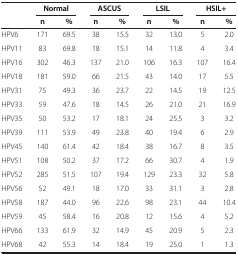
<table><thead><tr><td>[EMPTY_CELL]</td><td colspan="2"><b>Normal</b></td><td colspan="2"><b>ASCUS</b></td><td colspan="2"><b>LSIL</b></td><td colspan="2"><b>HSIL+</b></td></tr><tr><td>[EMPTY_CELL]</td><td><b>n</b></td><td><b>%</b></td><td><b>n</b></td><td><b>%</b></td><td><b>n</b></td><td><b>%</b></td><td><b>n</b></td><td><b>%</b></td></tr></thead><tbody><tr><td>HPV6</td><td>171</td><td>69.5</td><td>38</td><td>15.5</td><td>32</td><td>13.0</td><td>5</td><td>2.0</td></tr><tr><td>HPV11</td><td>83</td><td>69.8</td><td>18</td><td>15.1</td><td>14</td><td>11.8</td><td>4</td><td>3.4</td></tr><tr><td>HPV16</td><td>302</td><td>46.3</td><td>137</td><td>21.0</td><td>106</td><td>16.3</td><td>107</td><td>16.4</td></tr><tr><td>HPV18</td><td>181</td><td>59.0</td><td>66</td><td>21.5</td><td>43</td><td>14.0</td><td>17</td><td>5.5</td></tr><tr><td>HPV31</td><td>75</td><td>49.3</td><td>36</td><td>23.7</td><td>22</td><td>14.5</td><td>19</td><td>12.5</td></tr><tr><td>HPV33</td><td>59</td><td>47.6</td><td>18</td><td>14.5</td><td>26</td><td>21.0</td><td>21</td><td>16.9</td></tr><tr><td>HPV35</td><td>50</td><td>53.2</td><td>17</td><td>18.1</td><td>24</td><td>25.5</td><td>3</td><td>3.2</td></tr><tr><td>HPV39</td><td>111</td><td>53.9</td><td>49</td><td>23.8</td><td>40</td><td>19.4</td><td>6</td><td>2.9</td></tr><tr><td>HPV45</td><td>140</td><td>61.4</td><td>42</td><td>18.4</td><td>38</td><td>16.7</td><td>8</td><td>3.5</td></tr><tr><td>HPV51</td><td>108</td><td>50.2</td><td>37</td><td>17.2</td><td>66</td><td>30.7</td><td>4</td><td>1.9</td></tr><tr><td>HPV52</td><td>285</td><td>51.5</td><td>107</td><td>19.4</td><td>129</td><td>23.3</td><td>32</td><td>5.8</td></tr><tr><td>HPV56</td><td>52</td><td>49.1</td><td>18</td><td>17.0</td><td>33</td><td>31.1</td><td>3</td><td>2.8</td></tr><tr><td>HPV58</td><td>187</td><td>44.0</td><td>96</td><td>22.6</td><td>98</td><td>23.1</td><td>44</td><td>10.4</td></tr><tr><td>HPV59</td><td>45</td><td>58.4</td><td>16</td><td>20.8</td><td>12</td><td>15.6</td><td>4</td><td>5.2</td></tr><tr><td>HPV66</td><td>133</td><td>61.9</td><td>32</td><td>14.9</td><td>45</td><td>20.9</td><td>5</td><td>2.3</td></tr><tr><td>HPV68</td><td>42</td><td>55.3</td><td>14</td><td>18.4</td><td>19</td><td>25.0</td><td>1</td><td>1.3</td></tr></tbody></table>